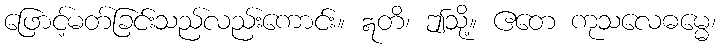
ဖြောင့်မတ်ခြင်းသည်လည်းကောင်း။ ဣတိ၊ ဤသို့။ ဧတေ ကုသလေဓမ္မေ၊